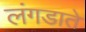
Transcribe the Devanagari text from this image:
लंगडाते